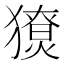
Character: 𤢙